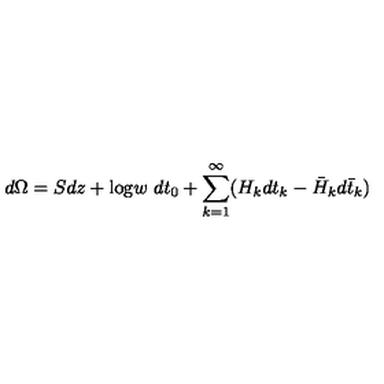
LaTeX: d \Omega = S d z + \mathrm { l o g } w \ d t _ { 0 } + \sum _ { k = 1 } ^ { \infty } ( H _ { k } d t _ { k } - \bar { H } _ { k } d \bar { t } _ { k } )